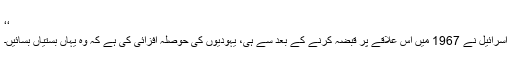
‘‘
اسرائیل نے 1967 میں اس علاقے پر قبضہ کرنے کے بعد سے ہی، یہودیوں کی حوصلہ افزائی کی ہے کہ وہ یہاں بستیاں بسائیں۔